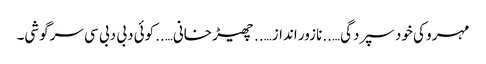
مہرو کی خود سپردگی…..نازور انداز…..چھیڑ خانی…..کوئی دبی دبی سی سرگوشی۔